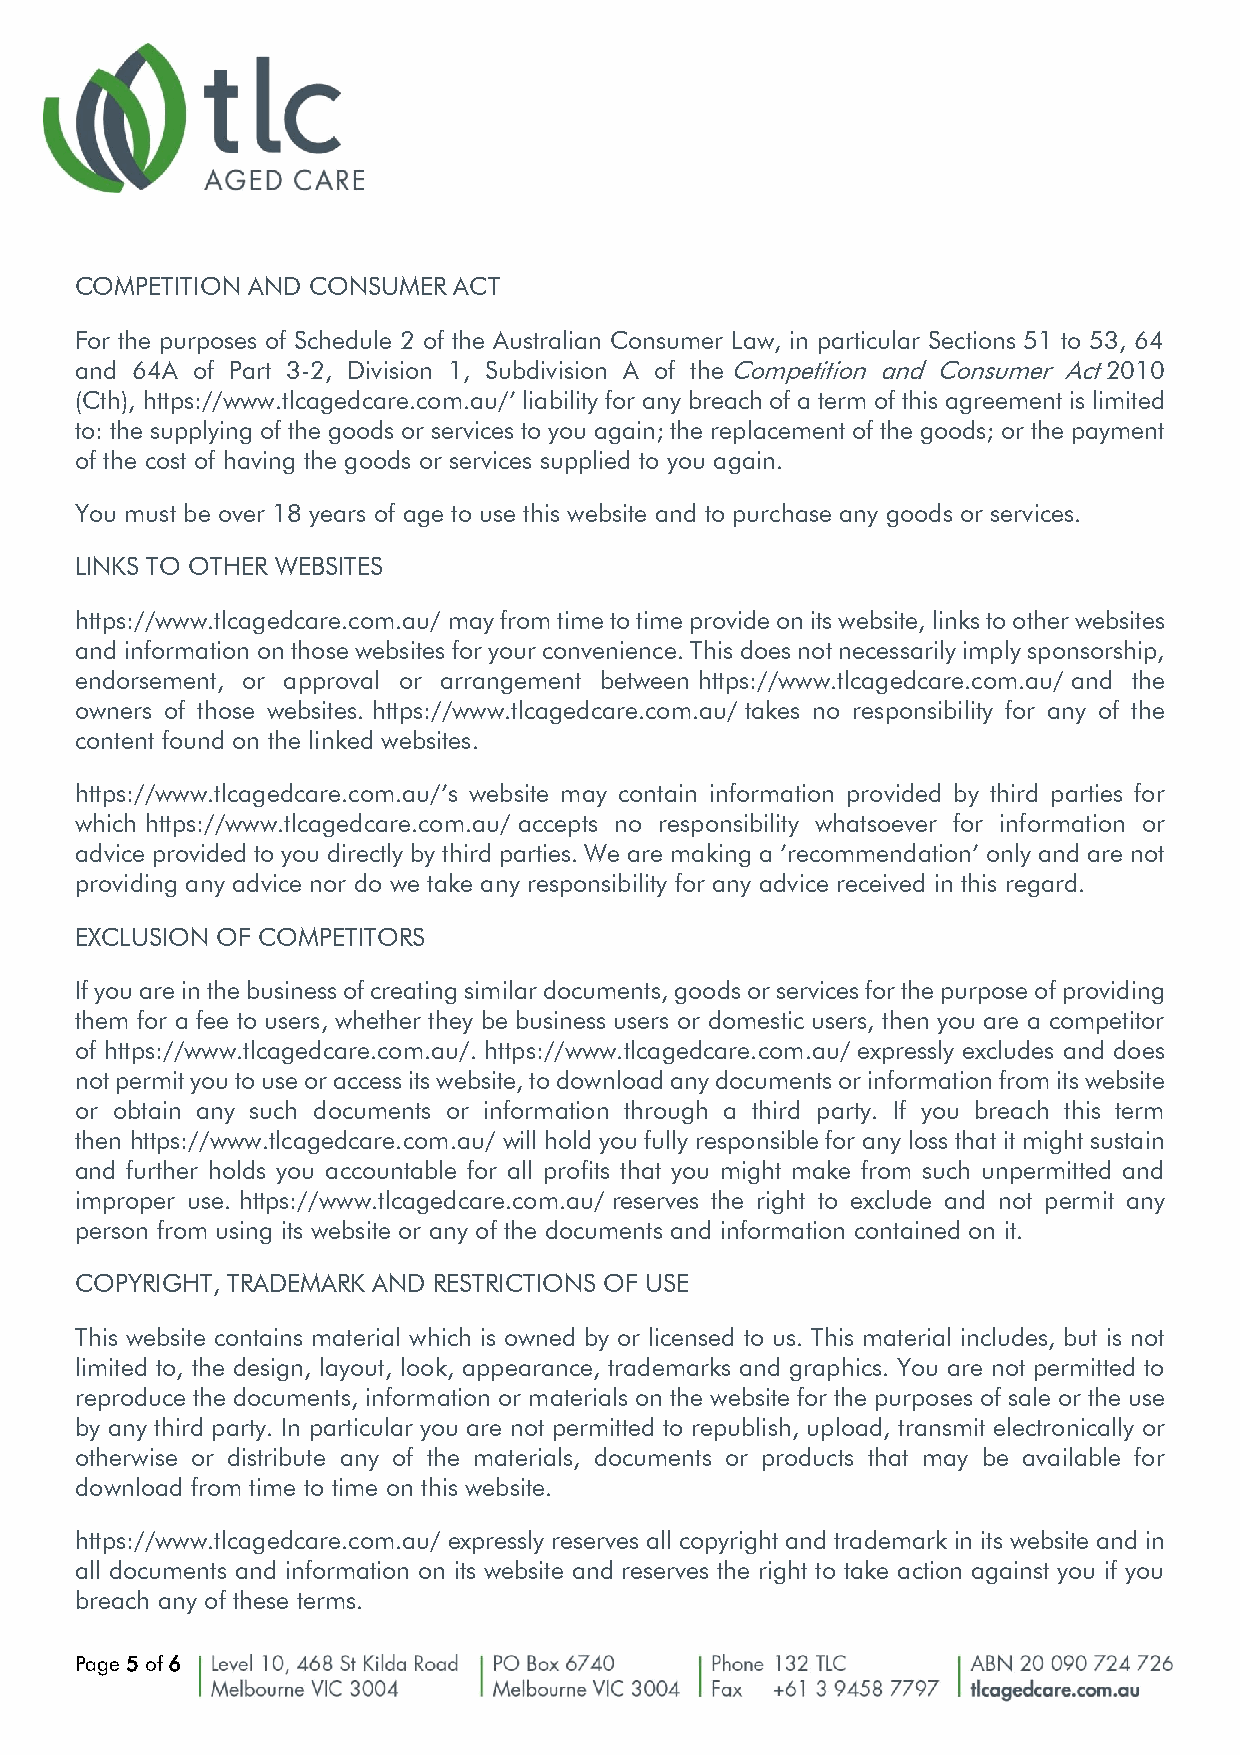
COMPETITION AND CONSUMER ACT
 For the purposes of Schedule 2 of the Australian Consumer Law, in particular Sections 51 to 53, 64
 and 64A of Part 3-2, Division 1, Subdivision A of the Competition and Consumer Act 2010
 (Cth), https://www.tlcagedcare.com.au/’ liability for any breach of a term of this agreement is limited
 to: the supplying of the goods or services to you again; the replacement of the goods; or the payment
 of the cost of having the goods or services supplied to you again.
 You must be over 18 years of age to use this website and to purchase any goods or services.
 LINKS TO OTHER WEBSITES
 https://www.tlcagedcare.com.au/ may from time to time provide on its website, links to other websites
 and information on those websites for your convenience. This does not necessarily imply sponsorship,
 endorsement, or approval or arrangement between https://www.tlcagedcare.com.au/ and the
 owners of those websites. https://www.tlcagedcare.com.au/ takes no responsibility for any of the
 content found on the linked websites.
 https://www.tlcagedcare.com.au/’s website may contain information provided by third parties for
 which https://www.tlcagedcare.com.au/ accepts no responsibility whatsoever for information or
 advice provided to you directly by third parties. We are making a ’recommendation’ only and are not
 providing any advice nor do we take any responsibility for any advice received in this regard.
 EXCLUSION OF COMPETITORS
 If you are in the business of creating similar documents, goods or services for the purpose of providing
 them for a fee to users, whether they be business users or domestic users, then you are a competitor
 of https://www.tlcagedcare.com.au/. https://www.tlcagedcare.com.au/ expressly excludes and does
 not permit you to use or access its website, to download any documents or information from its website
 or obtain any such documents or information through a third party. If you breach this term
 then https://www.tlcagedcare.com.au/ will hold you fully responsible for any loss that it might sustain
 and further holds you accountable for all profits that you might make from such unpermitted and
 improper use. https://www.tlcagedcare.com.au/ reserves the right to exclude and not permit any
 person from using its website or any of the documents and information contained on it.
 COPYRIGHT, TRADEMARK AND RESTRICTIONS OF USE
 This website contains material which is owned by or licensed to us. This material includes, but is not
 limited to, the design, layout, look, appearance, trademarks and graphics. You are not permitted to
 reproduce the documents, information or materials on the website for the purposes of sale or the use
 by any third party. In particular you are not permitted to republish, upload, transmit electronically or
 otherwise or distribute any of the materials, documents or products that may be available for
 download from time to time on this website.
 https://www.tlcagedcare.com.au/ expressly reserves all copyright and trademark in its website and in
 all documents and information on its website and reserves the right to take action against you if you
 breach any of these terms.
 Page 5 of 6